Annual report of the Bengal Veterinary College and of the Civil Veterinary Department, Bengal, for the year 1913-1914 - 1913-1914
Year: 1913
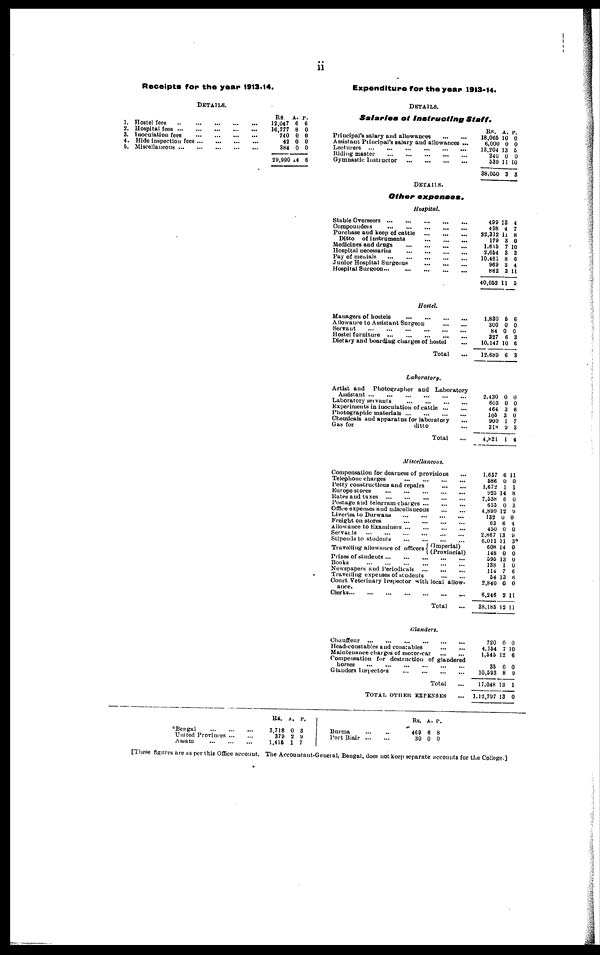
ii
Receipts for the year 1913.14.
DETAILS.
1 2.
3.
4.
5
Hostel fees ...
Hospital fees ...
Inoculation fees
Hide inspection fees
Miscellaneous ...
...
...
...
...
...
...
...
...
...
...
...
...
...
...
...
...
...
...
...
...
RS.
12,047
16,777
740
42
384
29,990 1
A.
6
8
0
0
0
4
P.
6
0
0
0
0
6
Expenditure for the year 1913-14.
DETAILS.
Salaries of Instructing
Staff.
Principal's salary and allowances
...
...
Assistant Principal's salary and allowances ...
Lecturers
...
...
...
...
...
...
Riding master
...
...
...
...
...
Gymnastic Instructor
...
...
...
...
DETAILS.
Other
expenses.
Hospital.
Stable Overseers
...
...
...
...
...
Compounders
...
...
...
...
...
Purchase and keep of cattle
...
...
...
Ditto of instruments
...
...
...
Medicines and drugs
...
...
...
...
Hospital necessaries
...
...
...
...
Pay of
menials
...
...
...
...
...
Junior Hospital Surgeons
...
...
...
...
Hospital Surgeon...
...
...
...
...
Hostel.
Managers of hostels
...
...
...
...
Allowance to Assistant Surgeon
...
...
Servant
...
...
...
...
...
...
Hostel furniture
...
...
...
...
...
Dietary and boarding charges of hostel ...
Total ...
Laboratory.
Artist and Photographer and Laboratory
Assistant
...
...
...
...
...
...
Laboratory servants
...
...
...
...
Experiments in inoculation of cattle
...
...
Photographic materials
...
...
...
...
Chemicals and apparatus for laboratory ...
Gas for
ditto ...
Total ...
Miscellaneous.
Compensation for dearness of provisions ...
Telephone charges
...
...
...
...
Petty constructions and repairs
...
...
Europe stores
...
...
...
...
...
Rates and taxes
...
...
...
...
...
Postage and telegram charges
...
...
...
Office expenses and miscellaneous
...
...
Liveries to Durwans
...
...
...
...
Freight on stores
...
...
...
...
Allowance to Examiners
...
...
...
...
Servants
...
...
...
...
...
...
Stipends to students
...
...
...
...
Travelling allowance of officers (Imperial)
(Provincial)
Prizes of students
...
...
...
...
...
Books
...
...
...
...
...
...
Newspapers and Periodicals
...
...
...
Travelling expenses of students
...
...
Court Veterinary Inspector with local allow-
ance.
Olerks
...
...
...
...
...
...
...
Total ...
Glanders.
Chauffeur
...
...
...
...
...
...
Head-constables and constables
...
...
Maintenance charges of motor-car
...
...
Compensation for destruction of glandered
horses
...
...
...
...
...
...
Glanders Inspectors
...
...
...
...
Total ...
TOTAL OTHER EXPENSES ...
Rs.
18,065
6,000
13,204
240
539
38,050
499
498
32,312 11
179
1,615
2,654
10,461
969
862
40,052
1,830
300
84
327
10,147
12,689
2,430
603
464
105
900
318
4,821
1,657
586
1,672
923
7,538
635
4,899
132
63
450
2,867
6,011
608
148
595
138
114
54
2,840
6,246
38,185
720
4,164
1,545
35
10,593
17,048
1,12,797
A.
10
0
13
0
11.
3
13
4
3
7
3
8
3
3
11
5
0
0
6
10
6
0
0
3
3
1
9
1
6
0
1
14
6
0
12
0
6
0
13
11
14
0
13
1
7
13
0
2
12
0
12
0
8
13
13
P.
0
0
5.
0
10
3
4
7
8
0
10
3
6
4
11
5
6
0
0
3
6
3
0
0
6
0
7
3
4
11
0
1
8
0
3
9
0
4
0
9
3
0
0
0
0
6
6
0
11
11
0
7 10
6
0
9
1
0
Bengal
...
...
United Provinces ...
Assam
...
...
...
...
...
Rs.
3,718
379
1,416
A.
0
2
1
P.
3
9
7
Burma
Port Biair
...
...
...
...
Rs.
469
30
A.
6
0
P.
8
0
[These figures are as per this Office account. The Accouutant-General, Bengal, does not keep separate accounts for the College.]